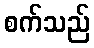
စက်သည်